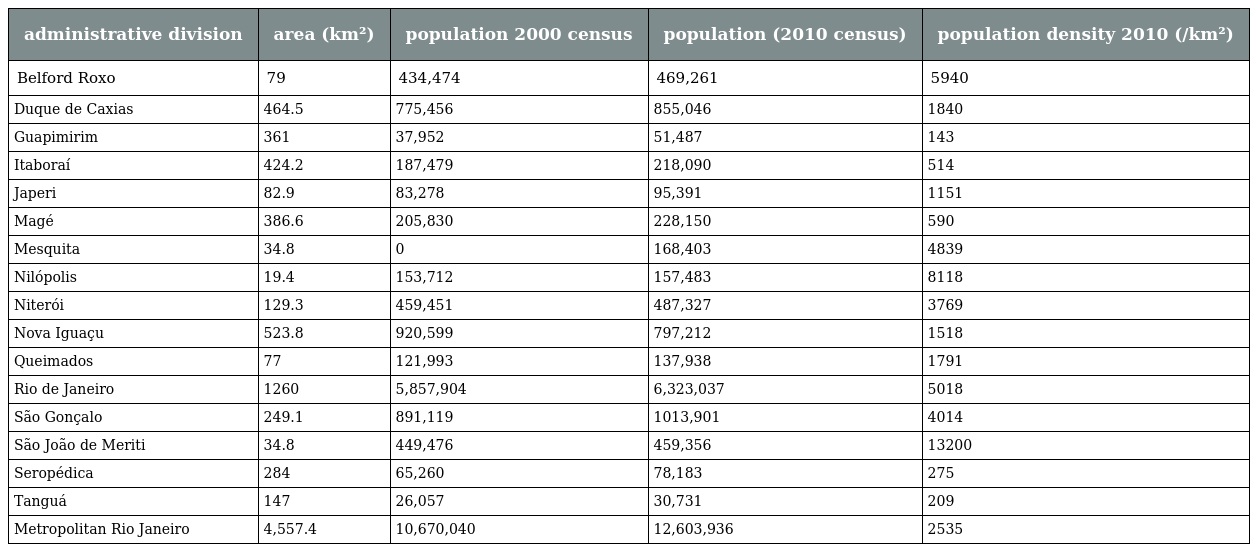
| administrative division | area (km²) | population 2000 census | population (2010 census) | population density 2010 (/km²) |
 | --- | --- | --- | --- | --- |
 | Belford Roxo | 79 | 434,474 | 469,261 | 5940 |
 | Duque de Caxias | 464.5 | 775,456 | 855,046 | 1840 |
 | Guapimirim | 361 | 37,952 | 51,487 | 143 |
 | Itaboraí | 424.2 | 187,479 | 218,090 | 514 |
 | Japeri | 82.9 | 83,278 | 95,391 | 1151 |
 | Magé | 386.6 | 205,830 | 228,150 | 590 |
 | Mesquita | 34.8 | 0 | 168,403 | 4839 |
 | Nilópolis | 19.4 | 153,712 | 157,483 | 8118 |
 | Niterói | 129.3 | 459,451 | 487,327 | 3769 |
 | Nova Iguaçu | 523.8 | 920,599 | 797,212 | 1518 |
 | Queimados | 77 | 121,993 | 137,938 | 1791 |
 | Rio de Janeiro | 1260 | 5,857,904 | 6,323,037 | 5018 |
 | São Gonçalo | 249.1 | 891,119 | 1013,901 | 4014 |
 | São João de Meriti | 34.8 | 449,476 | 459,356 | 13200 |
 | Seropédica | 284 | 65,260 | 78,183 | 275 |
 | Tanguá | 147 | 26,057 | 30,731 | 209 |
 | Metropolitan Rio Janeiro | 4,557.4 | 10,670,040 | 12,603,936 | 2535 |